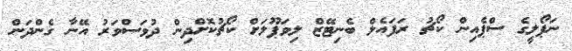
ނަޕޯލީގެ ސްޕެއިން ކޯޗު ރަފައެލް ބެނިޓޭޒް ލިވަޕޫލަށް ކޯޗުކޮށްދިން ދުވަސްވަރު އޭނާ ގެންދަން